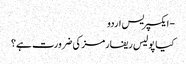
- ایکسپریس اردو
کیا پولیس ریفارمز کی ضرورت ہے؟